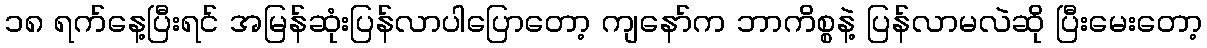
၁၈ ရက်နေ့ပြီးရင် အမြန်ဆုံးပြန်လာပါပြောတော့ ကျနော်က ဘာကိစ္စနဲ့ ပြန်လာမလဲဆို ပြီးမေးတော့